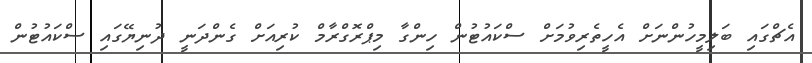
އެޗްގައި ބަލިމީހުންނަށް އެހީތެރިވުމަށް ސްކައުޓުން ހިންގާ މިޕްރޮގްރާމް ކުރިއަށް ގެންދަނީ ދުނިޔޭގައި ސްކައުޓުން